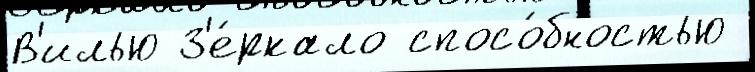
В'илью З'е́ркало спосо́бностью